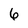
Character: 6